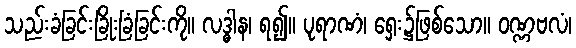
သည်းခံခြင်းခြိုးခြံခြင်းကို။ လဒ္ဓါန၊ ရ၍။ ပုရာဏံ၊ ရှေး၌ဖြစ်သော။ ဝဏ္ဏဗလံ၊